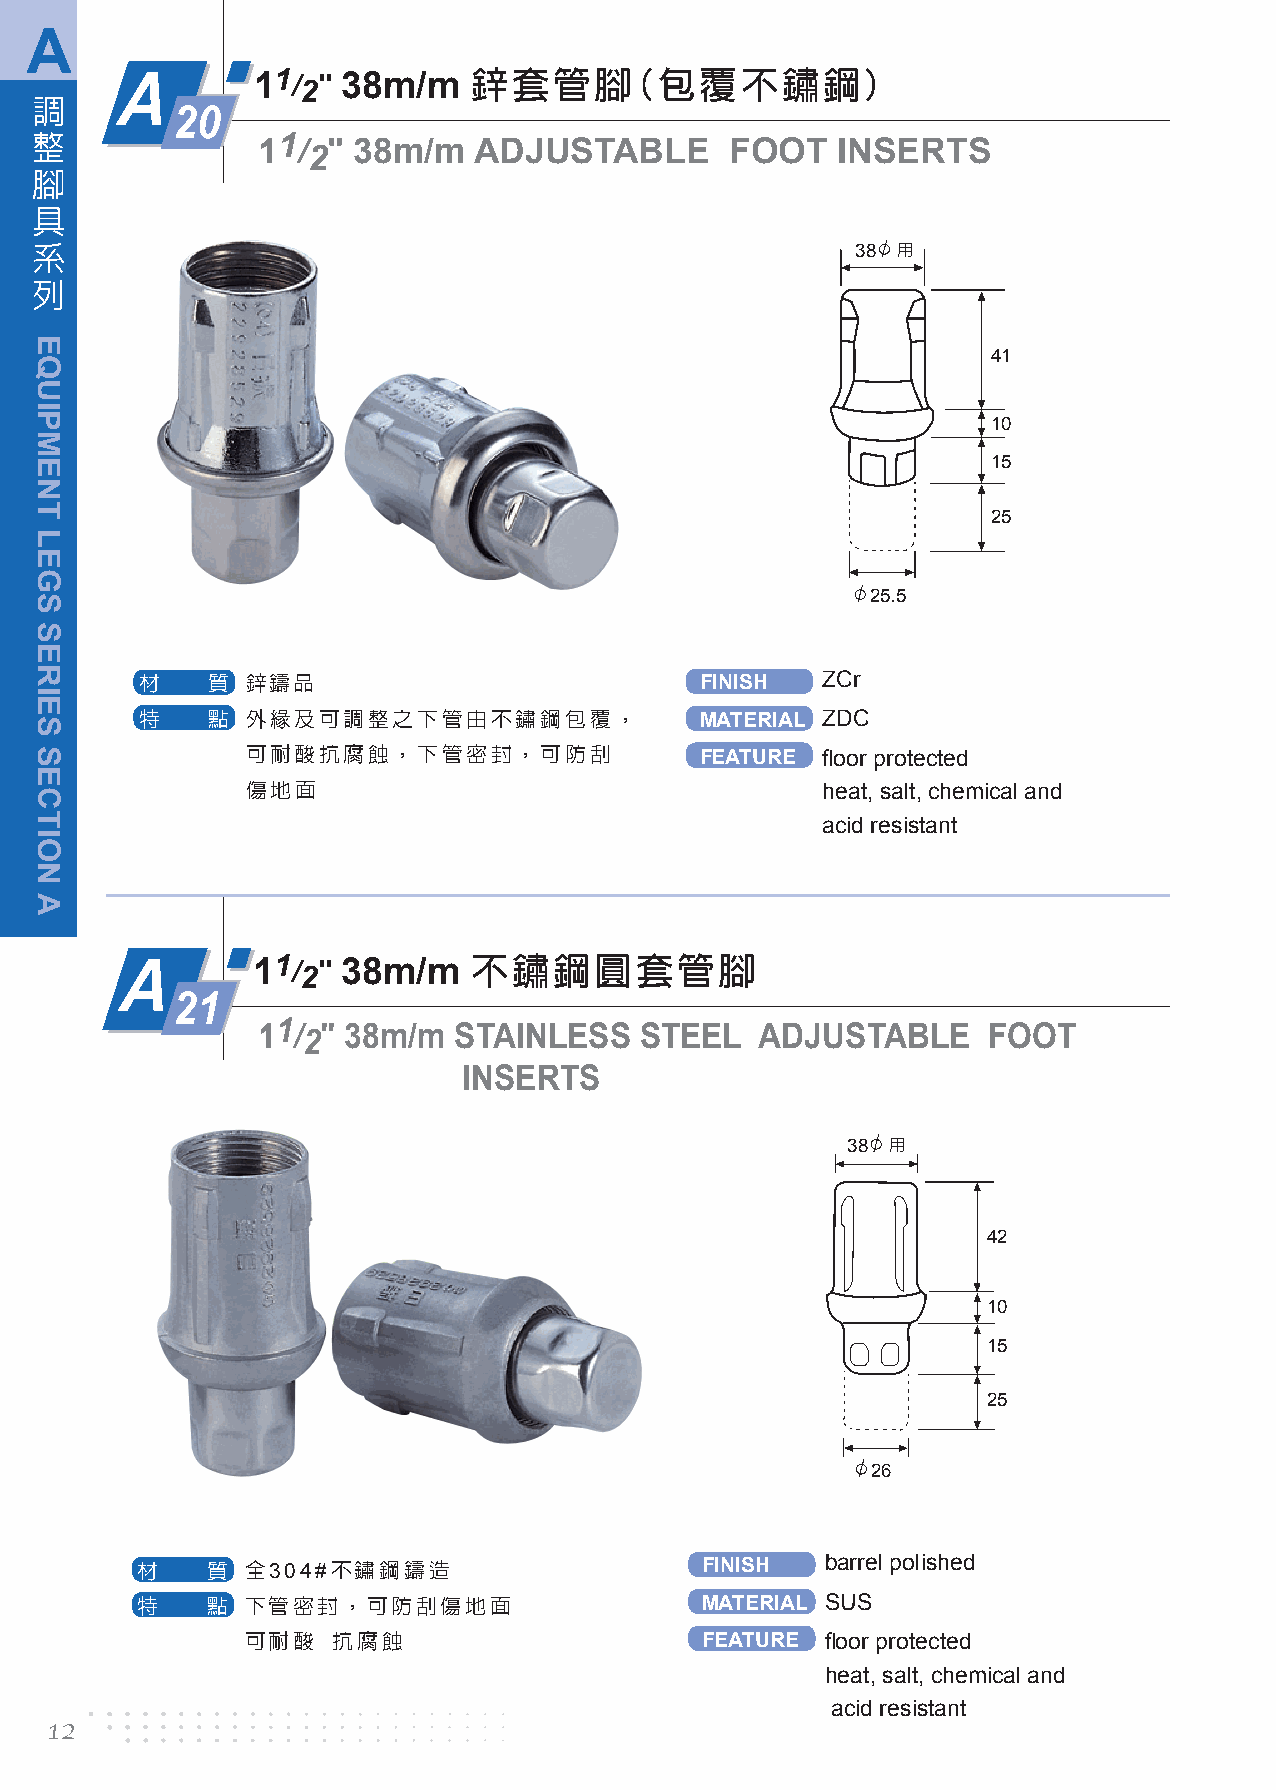
A
 A        11/2" 38m/m   鋅套管腳(包覆不鏽鋼)
 調
 20
 整
 11/2" 38m/m   ADJUSTABLE       FOOT   INSERTS
 腳
 具
 系                                                      38 用
 列
 41
 10
 15
 25
 25.5
 材    質 鋅鑄品                           FINISH  ZCr
 特    點 外緣及可調整之下管由不鏽鋼包覆，              MATERIAL ZDC
 可耐酸抗腐蝕，下管密封，可防刮               FEATURE floor protected
 傷地面                                   heat, salt, chemical and
 acid resistant
 A        11/2" 38m/m   不鏽鋼圓套管腳
 21
 11/2" 38m/m  STAINLESS   STEEL   ADJUSTABLE     FOOT
 INSERTS
 38 用
 42
 10
 15
 25
 26
 材    質 全304#不鏽鋼鑄造                    FINISH   barrel polished
 特    點 下管密封，可防刮傷地面                   MATERIAL SUS
 可耐酸   抗腐蝕                     FEATURE  floor protected
 heat, salt, chemical and
 acid resistant
 12
 EQUIPMENT
 LEGS
 SERIES
 SECTION
 A